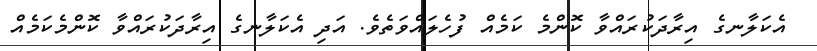
އެކަލާނގެ އިރާދަކުރައްވާ ކޮންމެ ކަމެއް ފުހެލައްވަތެވެ. އަދި އެކަލާނގެ އިރާދަކުރައްވާ ކޮންމެކަމެއް